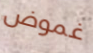
غموض